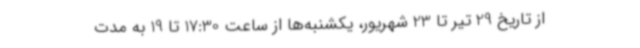
از تاریخ 29 تیر تا 23 شهریور، یکشنبه‌ها از ساعت 17:30 تا 19 به مدت